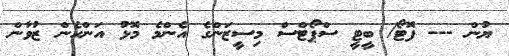
ޔުން --- ފޮޓޯ/ ބީޓީ ސްޕޯޓްސް މިސީޒަންގެ އެންމެ މޮޅު އަންހެން ޒުވާން